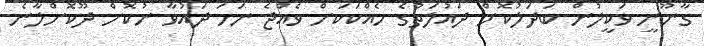
ގާނޫނީ ވަކީލުން ބަދަލުކޮށް ދައުލަތުގެ ހެއްކަކަށް ވެއްޖެ ނަމަ ދައުވާ ނުކޮށް ދޫކޮށްލާނެ